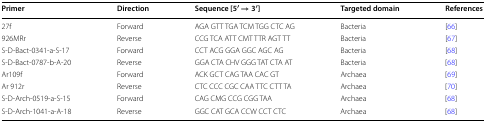
| Primer | Direction | Sequence [5′ → 3′] | Targeted domain | References |
 | --- | --- | --- | --- | --- |
 | 27f | Forward | AGA GTT TGA TCM TGG CTC AG | Bacteria | [66] |
 | 926MRr | Reverse | CCG TCA ATT CMT TTR AGT TT | Bacteria | [67] |
 | S-D-Bact-0341-a-S-17 | Forward | CCT ACG GGA GGC AGC AG | Bacteria | [68] |
 | S-D-Bact-0787-b-A-20 | Reverse | GGA CTA CHV GGG TAT CTA AT | Bacteria | [68] |
 | Ar109f | Forward | ACK GCT CAG TAA CAC GT | Archaea | [69] |
 | Ar 912r | Reverse | CTC CCC CGC CAA TTC CTT TA | Archaea | [70] |
 | S-D-Arch-0519-a-S-15 | Forward | CAG CMG CCG CGG TAA | Archaea | [68] |
 | S-D-Arch-1041-a-A-18 | Reverse | GGC CAT GCA CCW CCT CTC | Archaea | [68] |